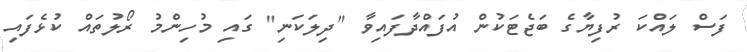
ފަސް ލައްކަ ރުފިޔާގެ ބަޖެޓަކުން އުފައްދާފައިވާ "ދިލަކަނި" ގައި މުހިންމު ރޯލުތައް ކުޅެފައި